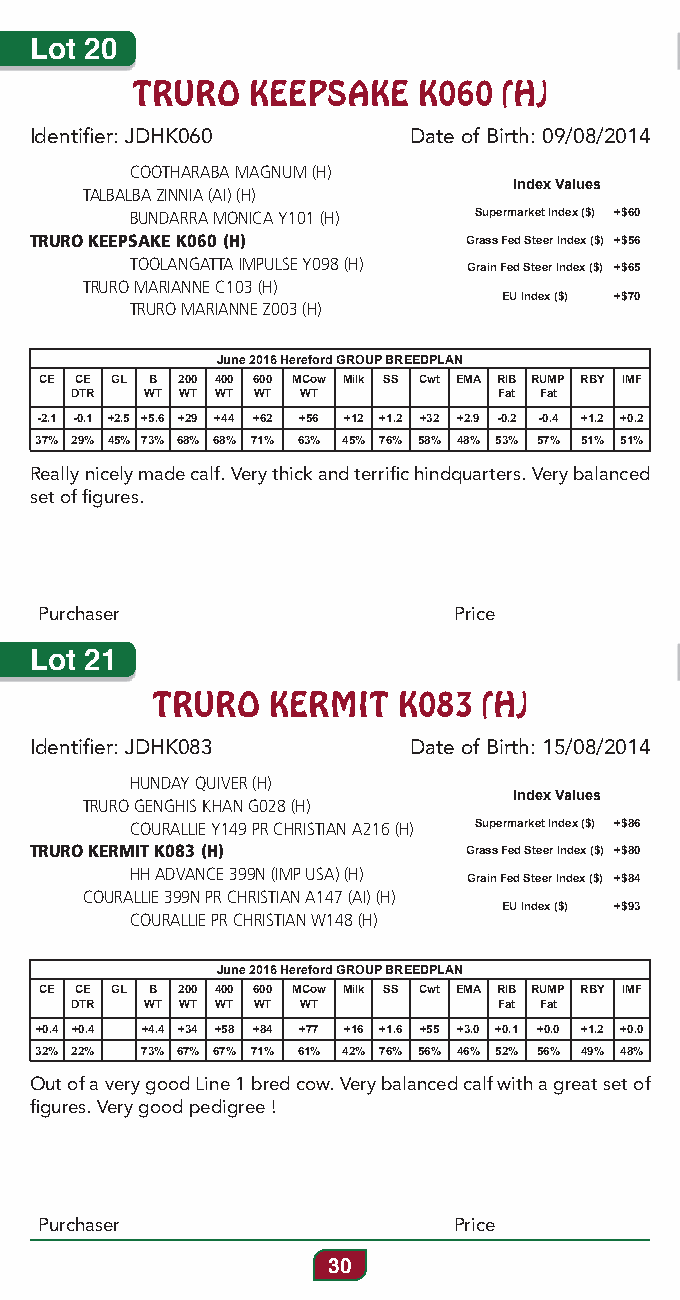
Lot 20
 TRURO  KEEPSAKE    K060 (H)
 Identifier: JDHK060      Date of Birth: 09/08/2014
 COOTHARABA MAGNUM (H)
 Index Values
 TALBALBA ZINNIA (AI) (H)
 BUNDARRA MONICA Y101 (H) Supermarket Index ($) +$60
 TRURO KEEPSAKE K060 (H)      Grass Fed Steer Index ($) +$56
 TOOLANGATTA IMPULSE Y098 (H) Grain Fed Steer Index ($) +$65
 TRURO MARIANNE C103 (H)
 EU Index ($) +$70
 TRURO MARIANNE Z003 (H)
 June 2016 Hereford GROUP BREEDPLAN
 CE CE GL B 200 400 600 MCow Milk SS Cwt EMA RIB RUMP RBY IMF
 DTR  WT WT WT WT WT         Fat Fat
 -2.1 -0.1 +2.5 +5.6 +29 +44 +62 +56 +12 +1.2 +32 +2.9 -0.2 -0.4 +1.2 +0.2
 37% 29% 45% 73% 68% 68% 71% 63% 45% 76% 58% 48% 53% 57% 51% 51%
 Really nicely made calf. Very thick and terrific hindquarters. Very balanced
 set of figures.
 Purchaser                  Price
 Lot 21
 TRURO   KERMIT  K083  (H)
 Identifier: JDHK083      Date of Birth: 15/08/2014
 HUNDAY QUIVER (H)
 Index Values
 TRURO GENGHIS KHAN G028 (H)
 COURALLIE Y149 PR CHRISTIAN A216 (H) Supermarket Index ($) +$86
 TRURO KERMIT K083 (H)        Grass Fed Steer Index ($) +$80
 HH ADVANCE 399N (IMP USA) (H) Grain Fed Steer Index ($) +$84
 COURALLIE 399N PR CHRISTIAN A147 (AI) (H)
 EU Index ($) +$93
 COURALLIE PR CHRISTIAN W148 (H)
 June 2016 Hereford GROUP BREEDPLAN
 CE CE GL B 200 400 600 MCow Milk SS Cwt EMA RIB RUMP RBY IMF
 DTR  WT WT WT WT WT         Fat Fat
 +0.4 +0.4 +4.4 +34 +58 +84 +77 +16 +1.6 +55 +3.0 +0.1 +0.0 +1.2 +0.0
 32% 22% 73% 67% 67% 71% 61% 42% 76% 56% 46% 52% 56% 49% 48%
 Out of a very good Line 1 bred cow. Very balanced calf with a great set of
 figures. Very good pedigree !
 Purchaser                  Price
 30